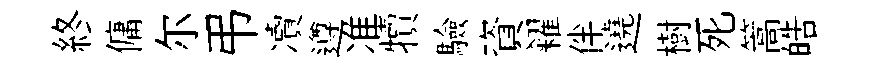
終傭尔弔凟遵准犢驗資糴伴遶樹死篙皓